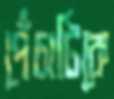
পেঁচাটিকে